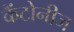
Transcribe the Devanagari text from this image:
कैंटोनीज